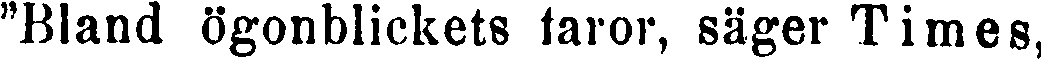
"Bland ögonblickets faror, säger Times,